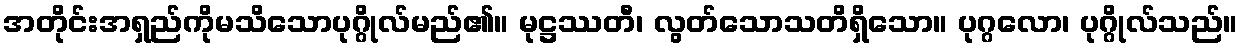
အတိုင်းအရှည်ကိုမသိသောပုဂ္ဂိုလ်မည်၏။ မုဋ္ဌဿတီ၊ လွတ်သောသတိရှိသော။ ပုဂ္ဂလော၊ ပုဂ္ဂိုလ်သည်။